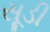
સૂડી